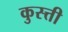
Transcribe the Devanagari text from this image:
कुस्त्ती